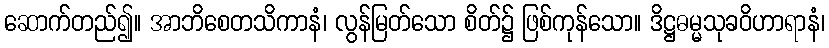
ဆောက်တည်၍။ အာဘိစေတသိကာနံ၊ လွန်မြတ်သော စိတ်၌ ဖြစ်ကုန်သော။ ဒိဋ္ဌဓမ္မသုခဝိဟာရာနံ၊